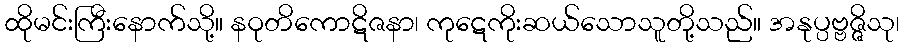
ထိုမင်းကြီးနောက်သို့။ နဝုတိကောဋိဇနာ၊ ကုဋေကိုးဆယ်သောသူတို့သည်။ အနုပ္ပဗ္ဗဇ္ဇိသု၊